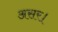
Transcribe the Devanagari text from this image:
असर।